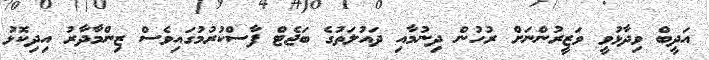
އަދީބް ވިދާޅުވީ ވަޒީރުންނަށް ރުހުން ދިނުމާއި ދައުލަތުގެ ބަޖެޓް ފާސްކުރުމުގައިވެސް ޒިންމާދާރު އިދިކޮޅު